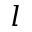
l